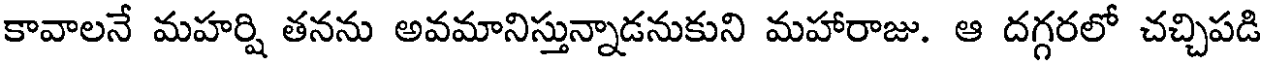
కావాలనే మహర్షి తనను అవమానిస్తున్నాడనుకుని మహారాజు. ఆ దగ్గరలో చచ్చిపడి